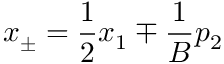
x _ { \pm } = \frac { 1 } { 2 } x _ { 1 } \mp \frac { 1 } { B } p _ { 2 }